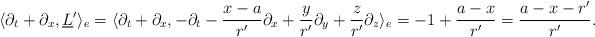
LaTeX: \begin{align*}\langle \partial_t + \partial_x,\underline{L}' \rangle_e = \langle \partial_t + \partial_x,-\partial_t - {x - a \over r'} \partial_x + {y \over r'} \partial_y + {z \over r'} \partial_z \rangle_e = -1 + {a - x \over r'} = {a - x - r' \over r'}.\end{align*}